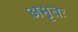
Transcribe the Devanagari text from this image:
अमृतः